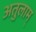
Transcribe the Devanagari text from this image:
अतुलाम्